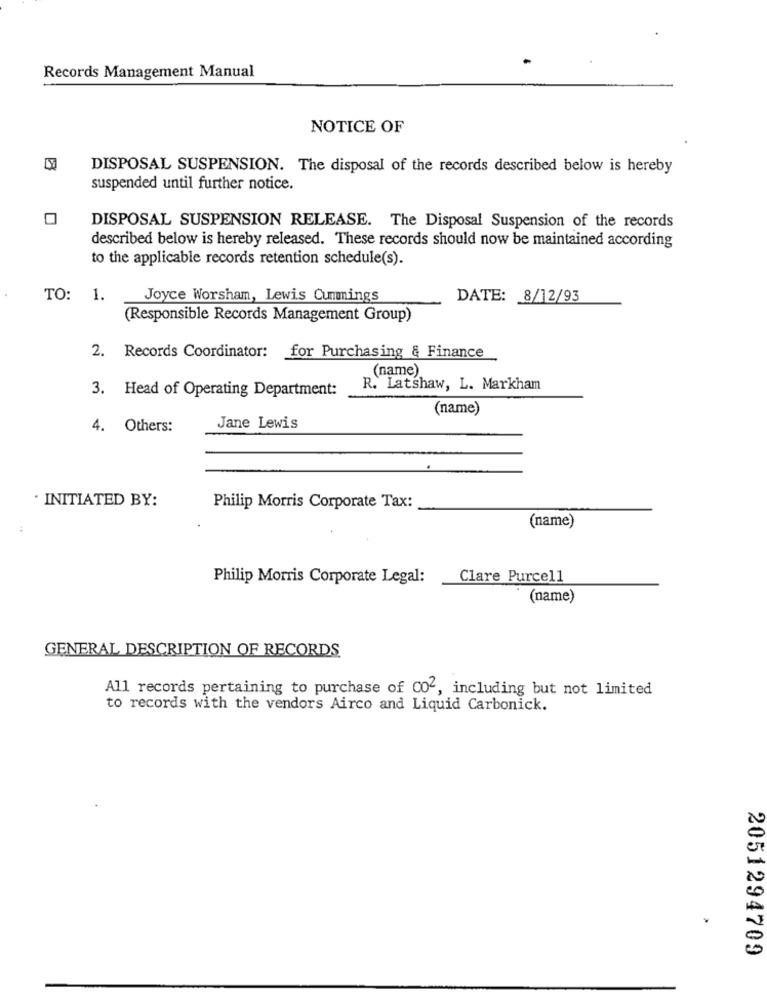
Records Management Manual
NOTICE OF
DISPOSAL SUSPENSION. The disposal of the records described below is hereby
suspended until further notice.
DISPOSAL SUSPENSION RELEASE. The Disposal Suspension of the records
described below is hereby released. These records should now be maintained according
to the applicable records retention schedule(s).
TO: 1.
Joyce Worsham, Lewis Cummings
DATE: 8/12/93
(Responsible Records Management Group)
2. Records Coordinator: for Purchasing & Finance
(name)
3. Head of Operating Department:
R. Latshaw, L. Markham
(name)
4. Others:
Jane Lewis
. INITIATED BY:
Philip Morris Corporate Tax:
(name)
Philip Morris Corporate Legal:
Clare Purcell
(name)
GENERAL DESCRIPTION OF RECORDS
All records pertaining to purchase of 002, including but not limited
to records with the vendors Airco and Liquid Carbonick.
2051294709